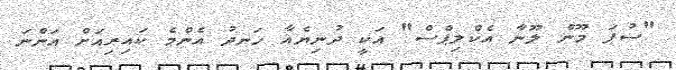
"ސުޕަ މޫން ލޫނާ އެކްލިޕްސް" އަކީ ދުނިޔެއާ ހަނދު އެންމެ ކައިރިއަށް އަންނަ